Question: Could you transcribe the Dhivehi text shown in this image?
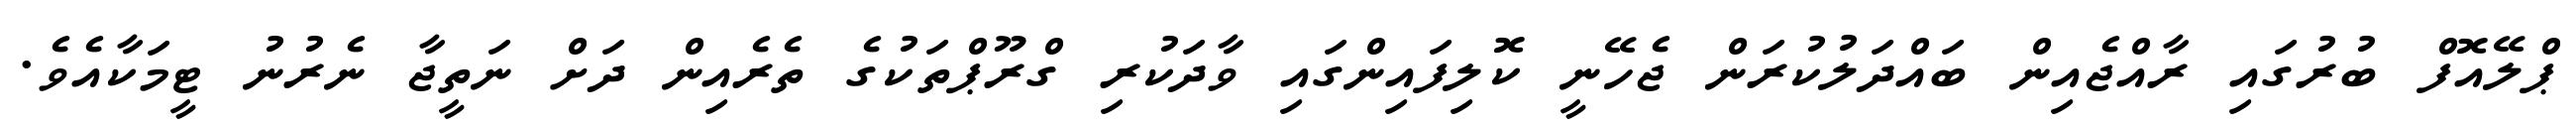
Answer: ޕްލޭއޮފް ބުރުގައި ރާއްޖެއިން ބައްދަލުކުރަން ޖެހޭނީ ކޮލިފައިންގައި ވާދަކުރި ގްރޫޕްތަކުގެ ތެރެއިން ދަށް ނަތީޖާ ނެރުނު ޓީމަކާއެވެ.